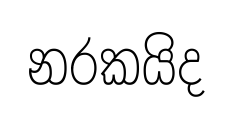
නරකයිද